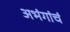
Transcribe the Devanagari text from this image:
अभंगांचं